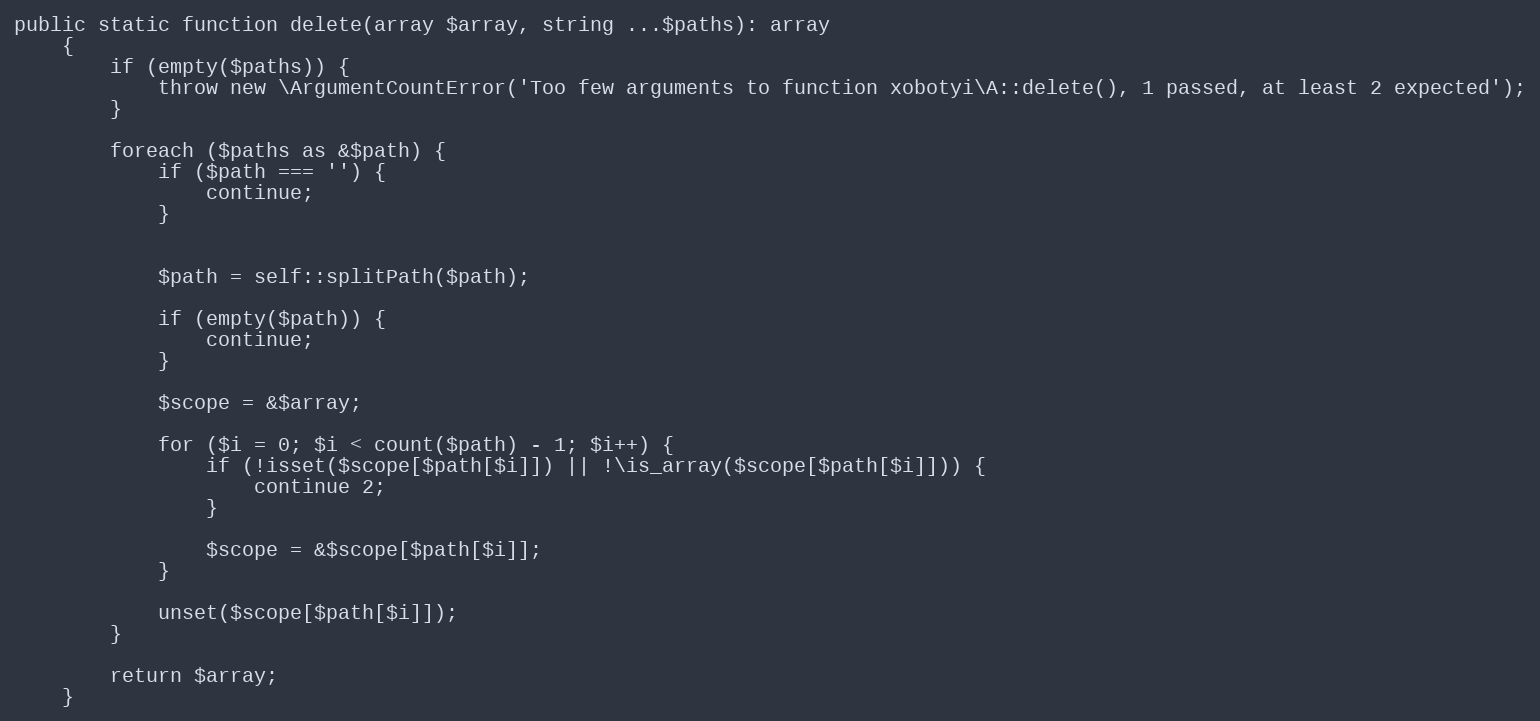
Language: PHP
public static function delete(array $array, string ...$paths): array
    {
        if (empty($paths)) {
            throw new \ArgumentCountError('Too few arguments to function xobotyi\A::delete(), 1 passed, at least 2 expected');
        }

        foreach ($paths as &$path) {
            if ($path === '') {
                continue;
            }

            $path = self::splitPath($path);

            if (empty($path)) {
                continue;
            }

            $scope = &$array;

            for ($i = 0; $i < count($path) - 1; $i++) {
                if (!isset($scope[$path[$i]]) || !\is_array($scope[$path[$i]])) {
                    continue 2;
                }

                $scope = &$scope[$path[$i]];
            }

            unset($scope[$path[$i]]);
        }

        return $array;
    }